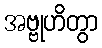
အဗ္ဗုဟိတွာ